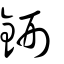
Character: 鉶